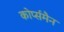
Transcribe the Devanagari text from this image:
कोर्प्समैन